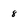
Character: 8